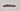
Text: -